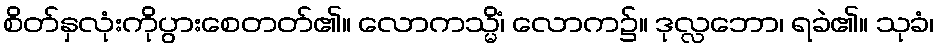
စိတ်နှလုံးကိုပွားစေတတ်၏။ လောကသ္မိံ၊ လောက၌။ ဒုလ္လဘော၊ ရခဲ၏။ သုခံ၊